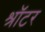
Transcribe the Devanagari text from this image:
श्रॉटर